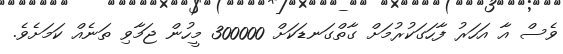
ވެސް އާ އަހަރު ފާހަގަކުރުމަށް ގާތްގަނޑަކަށް 300000 މީހުން ޖަމާވި ތަނެއް ކަމަށެވެ.